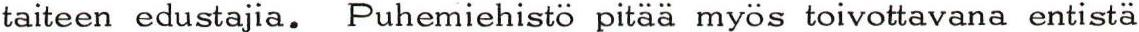
taiteen edustajia. Puhemiehistö pitää myös toivottavana entistä